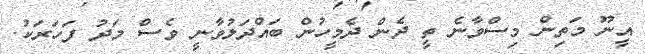
އީނޫ މަތިން މިސްވާނެ ތީ ދެން ދެމީހުން ބައްދަލުވާނީ ވެސް މަދު ފަހަރަކު.